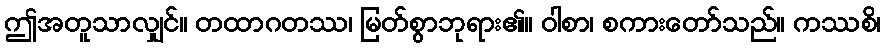
ဤအတူသာလျှင်။ တထာဂတဿ၊ မြတ်စွာဘုရား၏။ ဝါစာ၊ စကားတော်သည်။ ကဿစိ၊